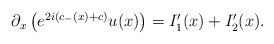
LaTeX: \begin{align*}\begin{aligned}\partial_x \left( e^{2i(c_-(x)+c)} u(x) \right)&=I_1'(x)+I_2'(x).\end{aligned}\end{align*}